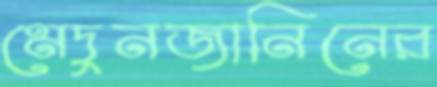
মেদুনজানিনের